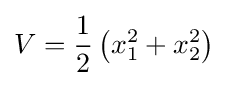
V={\frac {1}{2}}\left(x_{1}^{2}+x_{2}^{2}\right)